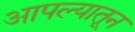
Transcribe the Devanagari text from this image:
आपल्यातून